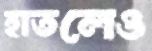
হাতলেও